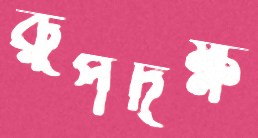
রূপদক্ষ